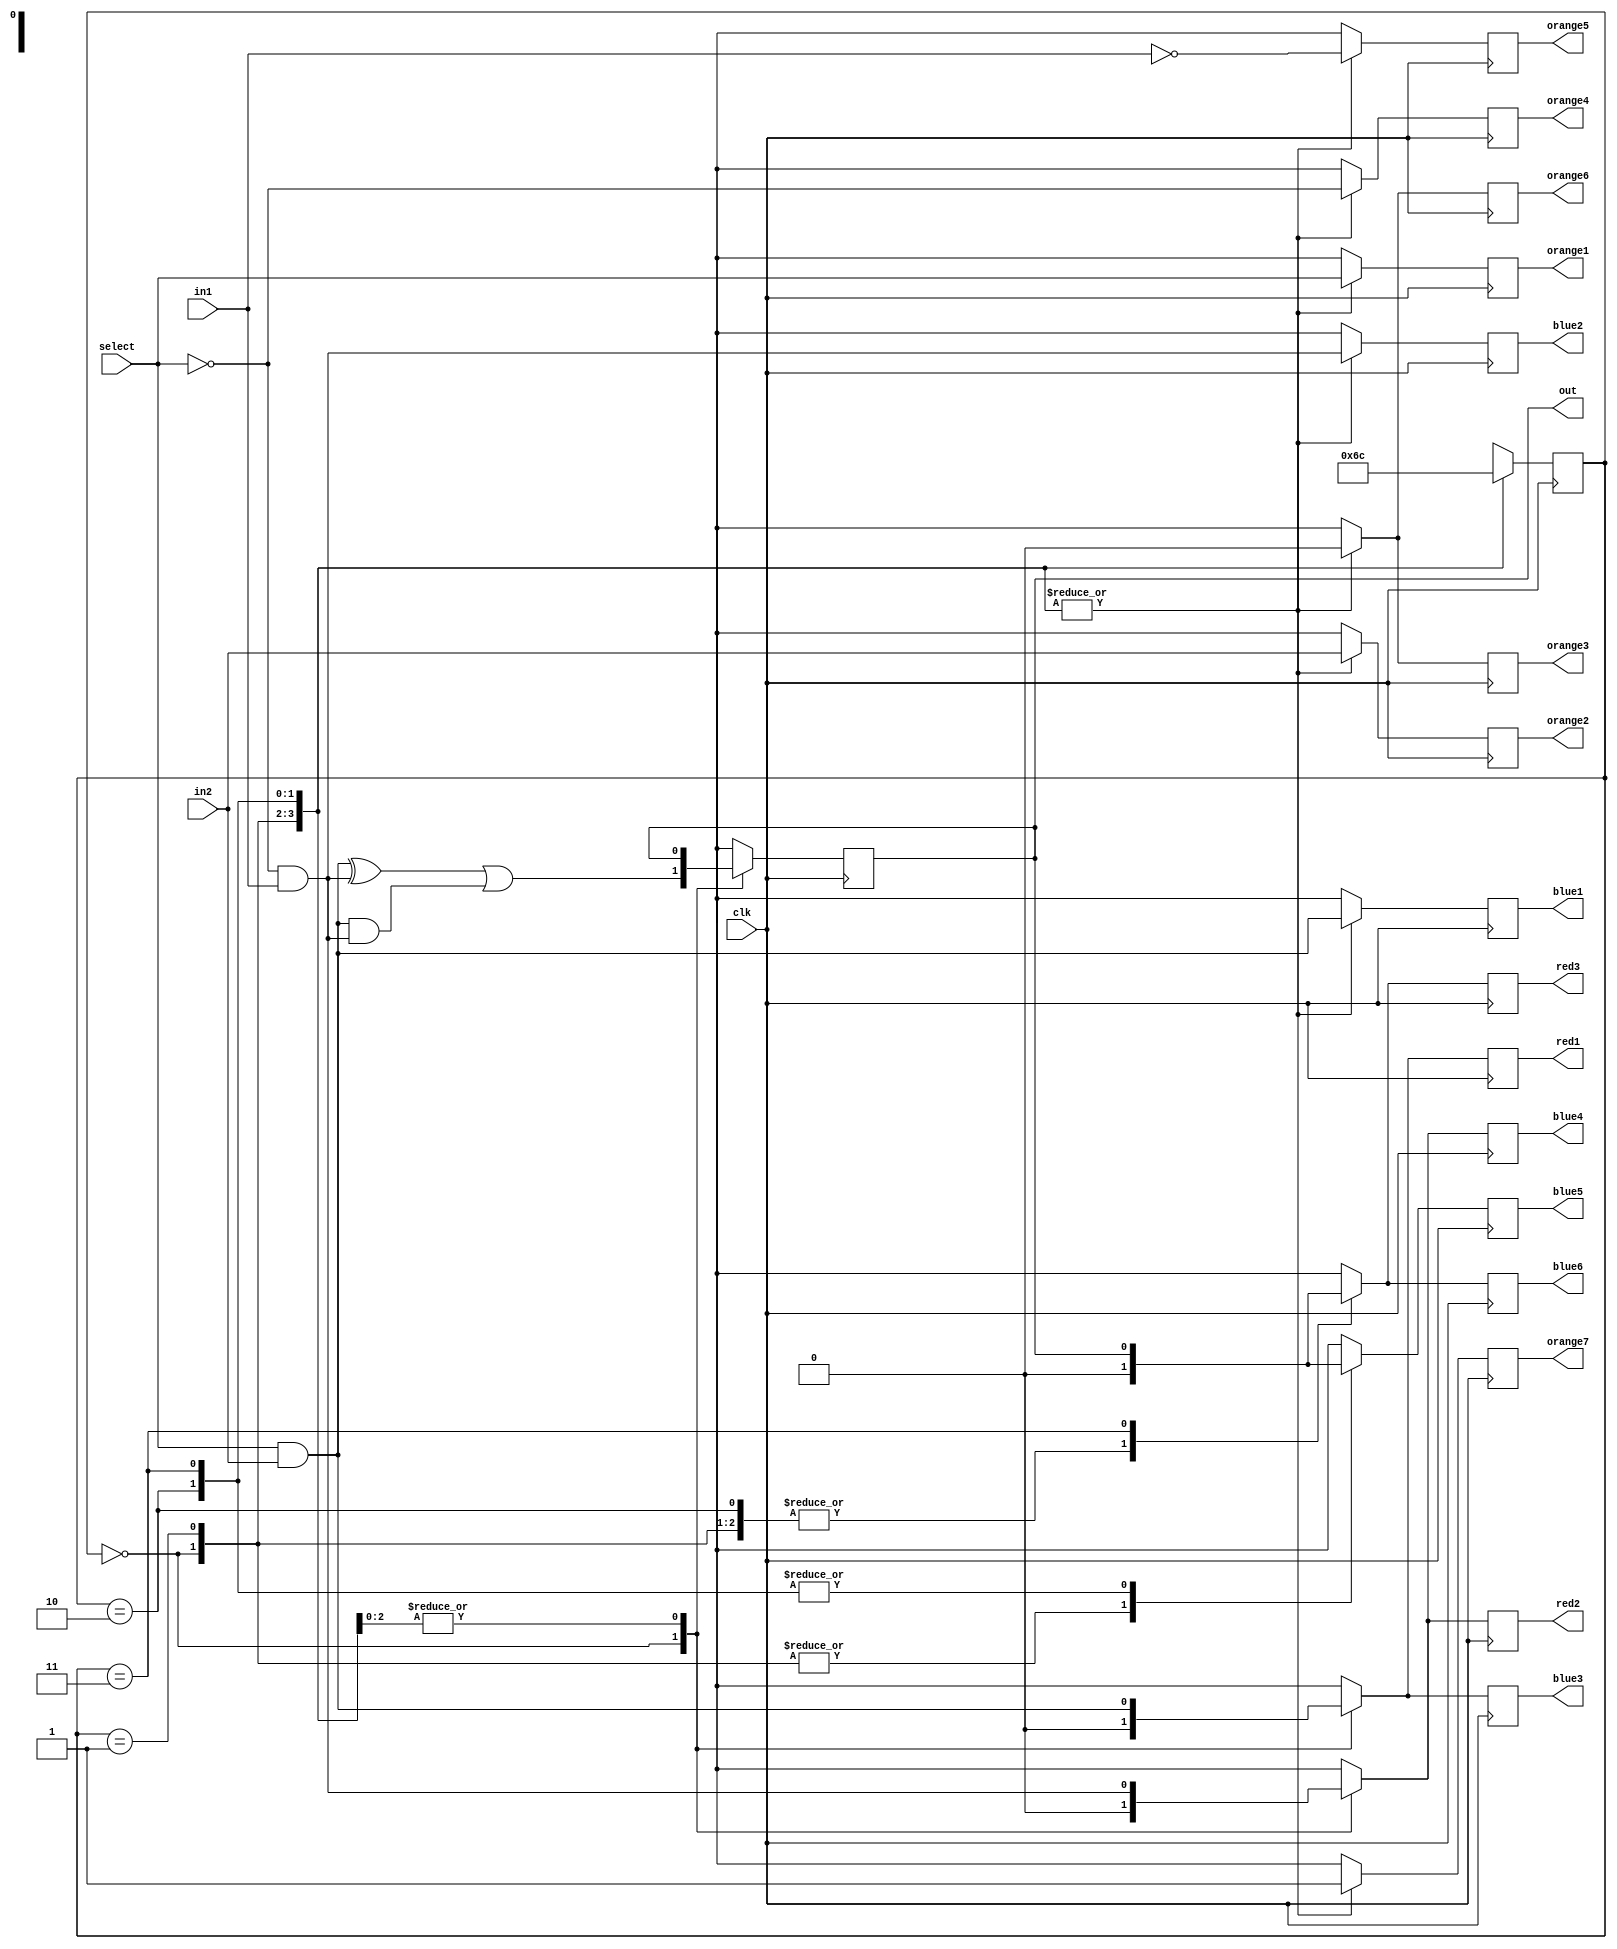
module mux_model(blue1,blue2,blue3,blue4,blue5,blue6,red1,red2,red3,orange1,orange2,orange3,orange4,orange5,orange6,orange7,in1,in2,select,out,clk);
  input in1,in2,select,clk;
// --------------Colours represent nano-magnetic units--------------------
// ------------------------Orange - input---------------------------------
// -------------------------Blue - wires----------------------------------
// -------------------------Red - output----------------------------------
  output reg
blue1,blue2,blue3,blue4,blue5,blue6,orange1,orange2,orange3,orange4,orange5,orange6,orange7,red1,red2,red3,out;
// ------------Declaring local parameters of the state machine.-----------  
  localparam s0=0,s1=1,s2=2,s3=3;
  reg [1:0]machine;
  always@(posedge clk) begin
    case(machine)
      s0: begin
//Finding MUX output using Boolean equation in terms of majority functions.        
    out=1&((0&(select^in2)|(select&in2))^(0&(~select^in1)|(~select&in1)))|((0&(select^in2)|(select&in2))&(0&(~select^in1)|(~select&in1)));
// ----------------Values of nano magnetic material units.---------------- 
        orange1=select;
        orange2=in2;
        orange3=0;
        orange4=~select;
        orange5=~in1;
        orange6=0;
        orange7=1;
        blue1=0&(select^in2)|(select&in2);
        blue2=0&(~select^in1)|(~select&in1);
        blue3=0;
        blue4=0;
        blue5=0;
        blue6=0;
        red1=0;
        red2=0;
        red3=0;
        machine=s1;
// Showing the states of nano magnetic material units.        
        $display("oranges are in switch state.");
        $display("Blues and reds are in reset.");
      end
      s1: begin
        orange1=select;
        orange2=in2;
        orange3=0;
        orange4=~select;
        orange5=~in1;
        orange6=0;
        orange7=1;
        blue1=0&(select^in2)|(select&in2);
        blue2=0&(~select^in1)|(~select&in1);
        blue3=0&(select^in2)|(select&in2);
        blue4=0&(~select^in1)|(~select&in1);
        blue5=0;
        blue6=0;
        red1=0&(select^in2)|(select&in2);
        red2=0&(~select^in1)|(~select&in1);
        red3=0;
        machine=s2;
        $display("Oranges are in hold state.");
        $display("Blue1 and blue2 are in switch state.");
        $display("Blue3, blue4, blue5, blue6 and reds are in reset.");
      end
      s2: begin
        orange1=select;
        orange2=in2;
        orange3=0;
        orange4=~select;
        orange5=~in1;
        orange6=0;
        orange7=1;
        blue1=0&(select^in2)|(select&in2);
        blue2=0&(~select^in1)|(~select&in1);
        blue3=0&(select^in2)|(select&in2);
        blue4=0&(~select^in1)|(~select&in1);
        blue5=out;
        blue6=0;
        red1=0&(select^in2)|(select&in2);
        red2=0&(~select^in1)|(~select&in1);
        red3=0;
        machine=s3;
        $display("Oranges are in hold state.");
        $display("Blue1 and blue3 are in hold state.");
        $display("Blue2, blue4, blue5, red1, red2 are in switch state.");
        $display("blue6, red3 are in reset state.");
      end
      s3: begin
        orange1=select;
        orange2=in2;
        orange3=0;
        orange4=~select;
        orange5=~in1;
        orange6=0;
        orange7=1;
        blue1=0&(select^in2)|(select&in2);
        blue2=0&(~select^in1)|(~select&in1);
        blue3=0&(select^in2)|(select&in2);
        blue4=0&(~select^in1)|(~select&in1);
        blue5=out;
        blue6=out;
        red1=0&(select^in2)|(select&in2);
        red2=0&(~select^in1)|(~select&in1);
        red3=out;
        machine=s0;
        $display("Oranges are in hold state.");
        $display("Blue1 and blue3 are in hold state.");
        $display("Blue2, blue4, blue5, red1, red2 are in hold state.");
        $display("blue6, red3 are in switch state.");
      end
      default: begin
        orange1=0;
        orange2=0;
        orange3=0;
        orange4=0;
        orange5=0;
        orange6=0;
        orange7=0;
        blue1=0;
        blue2=0;
        blue3=0;
        blue4=0;
        blue5=0;
        blue6=0;
        red1=0;
        red2=0;
        red3=0;
        machine=s0;
        $display("Global reset.");
      end
    endcase
  end
endmodule